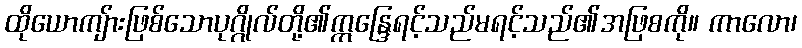
ထိုယောကျ်ားဖြစ်သောပုဂ္ဂိုလ်တို့၏ဣန္ဒြေရင့်သည်မရင့်သည်၏အဖြစကို။ ကာလော၊